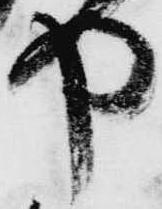
や